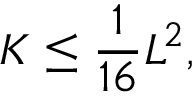
K \leq { \frac { 1 } { 1 6 } } L ^ { 2 } ,